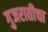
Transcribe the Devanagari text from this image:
गुजरातीचा